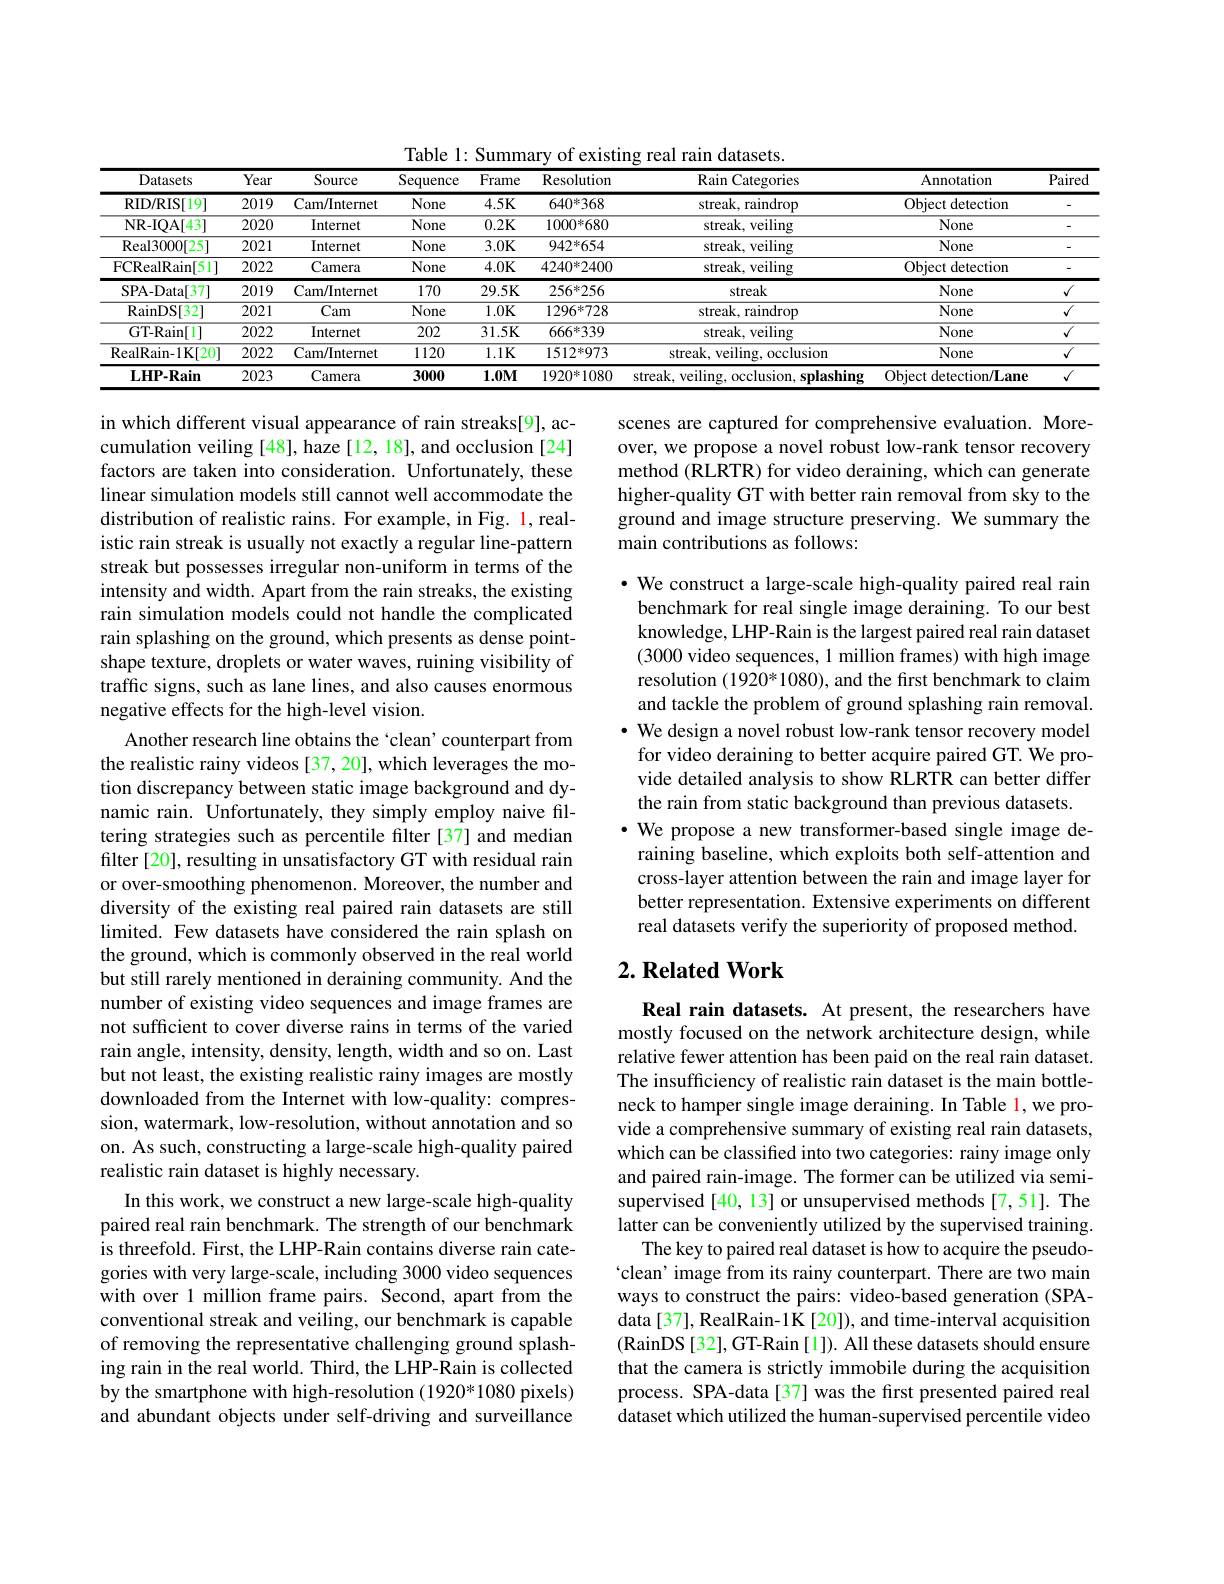
Table 1: Summary of existing real rain datasets.
<table>
	<tbody>
		<tr>
			<th>Datasets</th>
			<th>Year</th>
			<th>Source</th>
			<th>Sequence</th>
			<th>Frame</th>
			<th>Resolution</th>
			<th>Rain Categories</th>
			<th>Annotation</th>
			<th>Paired</th>
		</tr>
		<tr>
			<td>RID/ RIS[ 19] </td>
			<td>2019</td>
			<td>Cam/Internet</td>
			<td>None</td>
			<td>$4.5K$</td>
			<td>$640^{*}368$</td>
			<td>streak, raindrop</td>
			<td>Object detection</td>
			<td>-</td>
		</tr>
		<tr>
			<td>NR- IQA[ 43] </td>
			<td>2020</td>
			<td>Internet</td>
			<td>None</td>
			<td>$0.2\mathbf{K}$</td>
			<td>1000*680</td>
			<td>streak, veiling</td>
			<td>None</td>
			<td>-</td>
		</tr>
		<tr>
			<td>Real3000[ 25] </td>
			<td>2021</td>
			<td>Internet</td>
			<td>None</td>
			<td>$3.0K$</td>
			<td>$942^{*}654$</td>
			<td>streak, veiling</td>
			<td>None</td>
			<td>-</td>
		</tr>
		<tr>
			<td>FCRealRain[ 51] </td>
			<td>2022</td>
			<td>Camera</td>
			<td>None</td>
			<td>$4.0K$</td>
			<td>$4240^{*}2400$</td>
			<td>streak, veiling</td>
			<td>Object detection</td>
			<td>-</td>
		</tr>
		<tr>
			<td>SPA- Data[ 37] </td>
			<td>2019</td>
			<td>Cam/Internet</td>
			<td>170</td>
			<td>$29.5K$</td>
			<td>$256^{*}256$</td>
			<td>streak</td>
			<td>None</td>
			<td>$√$</td>
		</tr>
		<tr>
			<td>$\operatorname{RainDS[32]}$</td>
			<td>2021</td>
			<td>Cam</td>
			<td>None</td>
			<td>$1.0K$</td>
			<td>1296*728</td>
			<td>streak, raindrop</td>
			<td>None</td>
			<td>$\overline{{\sqrt{1}}}$</td>
		</tr>
		<tr>
			<td>GT-Rain[1]</td>
			<td>2022</td>
			<td>Internet</td>
			<td>202</td>
			<td>$31.5K$</td>
			<td>$666^{*}339$</td>
			<td>streak, veiling</td>
			<td>None</td>
			<td>$\sqrt{\sqrt{1}}$</td>
		</tr>
		<tr>
			<td>$\overline{\mathrm{RealRain-1K[20]}}$</td>
			<td>2022</td>
			<td>Cam/Internet</td>
			<td>1120</td>
			<td>$1.1K$</td>
			<td>1512*973</td>
			<td>streak, veiling, occlusion</td>
			<td>None</td>
			<td>$\overline{{\sqrt{1}}}$</td>
		</tr>
		<tr>
			<td>$\mathbf{LHP-Rain}$</td>
			<td>2023</td>
			<td>Camera</td>
			<td>3000</td>
			<td>$1.0M$</td>
			<td>1920*1080</td>
			<td>streak, veiling, occlusion, splashing</td>
			<td>Object detection/Lane</td>
			<td>$√$</td>
		</tr>
	</tbody>
</table>

scenes are captured for comprehensive evaluation. Moreover, we propose a novel robust low-rank tensor recovery method (RLRTR) for video deraining, which can generate higher-quality GT with better rain removal from sky to the ground and image structure preserving. We summary the main contributions as follows:

· We construct a large-scale high-quality paired real rain
benchmark for real single image deraining. To our best knowledge, LHP-Rain is the largest paired real rain dataset (3000 video sequences, 1 million frames) with high image resolution (1920*1080), and the first benchmark to claim and tackle the problem of ground splashing rain removal. $\cdot$ We design a novel robust low-rank tensor recovery model for video deraining to better acquire paired GT. We provide detailed analysis to show RLRTR can better differ the rain from static background than previous datasets. $\cdot$ We propose a new transformer-based single image deraining baseline, which exploits both self-attention and cross-layer attention between the rain and image layer for better representation. Extensive experiments on different real datasets verify the superiority of proposed method.

in which different visual appearance of rain streaks[9], accumulation veiling [48], haze [12, 18], and occlusion [24] factors are taken into consideration. Unfortunately, these linear simulation models still cannot well accommodate the distribution of realistic rains. For example, in Fig. 1, realistic rain streak is usually not exactly a regular line-pattern streak but possesses irregular non-uniform in terms of the intensity and width. Apart from the rain streaks, the existing rain simulation models could not handle the complicated rain splashing on the ground, which presents as dense pointshape texture, droplets or water waves, ruining visibility of traffic signs, such as lane lines, and also causes enormous negative effects for the high-level vision.
Another research line obtains the `clean' counterpart from the realistic rainy videos [37,20], which leverages the motion discrepancy between static image background and dynamic rain. Unfortunately, they simply employ naive filtering strategies such as percentile filter [37] and median filter [20], resulting in unsatisfactory GT with residual rain or over-smoothing phenomenon. Moreover, the number and diversity of the existing real paired rain datasets are still limited. Few datasets have considered the rain splash on the ground, which is commonly observed in the real world but still rarely mentioned in deraining community. And the number of existing video sequences and image frames are not sufficient to cover diverse rains in terms of the varied rain angle, intensity, density, length, width and so on. Last but not least, the existing realistic rainy images are mostly downloaded from the Internet with low-quality: compression, watermark, low-resolution, without annotation and so on. As such, constructing a large-scale high-quality paired realistic rain dataset is highly necessary.
In this work, we construct a new large-scale high-quality paired real rain benchmark. The strength of our benchmark is threefold. First, the LHP-Rain contains diverse rain categories with very large-scale, including 3000 video sequences with over 1 million frame pairs. Second, apart from the conventional streak and veiling, our benchmark is capable of removing the representative challenging ground splashing rain in the real world. Third, the LHP-Rain is collected by the smartphone with high-resolution (1920*1080 pixels) and abundant objects under self-driving and surveillance

## $2. \textbf{Related Work}$

Real rain datasets. At present, the researchers have mostly focused on the network architecture design, while relative fewer attention has been paid on the real rain dataset. The insufficiency of realistic rain dataset is the main bottleneck to hamper single image deraining. In Table 1, we provide a comprehensive summary of existing real rain datasets, which can be classified into two categories: rainy image only and paired rain-image. The former can be utilized via semisupervised [40, 13] or unsupervised methods [7,51]. The latter can be conveniently utilized by the supervised training.
The key to paired real dataset is how to acquire the pseudo- `clean' image from its rainy counterpart. There are two main ways to construct the pairs: video-based generation (SPAdata[37], RealRain-1K[20]), and time-interval acquisition (RainDS[32], GT-Rain[1]). All these datasets should ensure that the camera is strictly immobile during the acquisition process. SPA-data[37] was the first presented paired real dataset which utilized the human-supervised percentile video